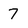
Character: 7